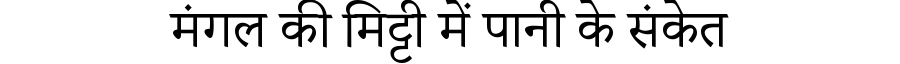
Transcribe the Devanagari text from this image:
मंगल की मिट्टी में पानी के संकेत